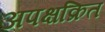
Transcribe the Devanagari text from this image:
अपक्षक्रित